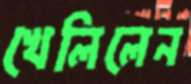
খেলিলেন